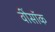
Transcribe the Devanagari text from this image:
वींसॉक